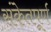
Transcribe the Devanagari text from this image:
संकेतपूर्ण